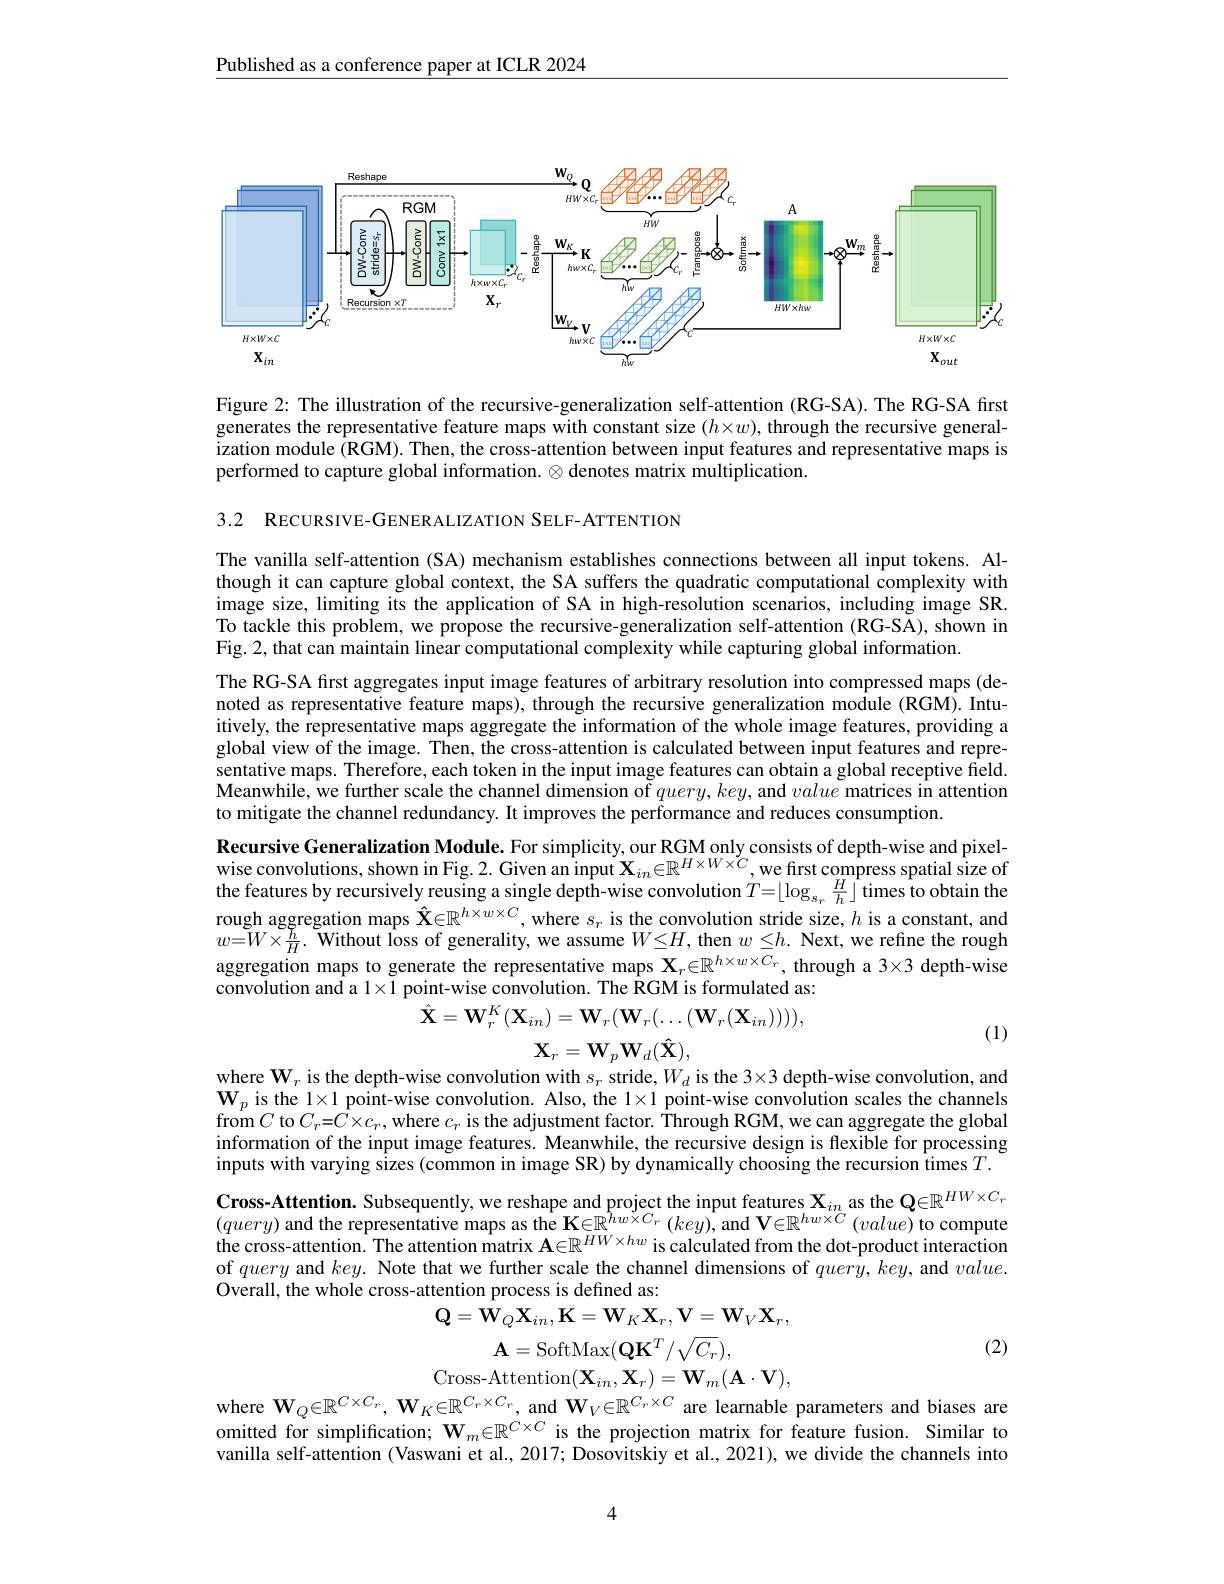
Published as a conference paper at ICLR 2024

<FigureHere>

Figure 2: The illustration of the recursive-generalization self-attention (RG-SA). The RG-SA first generates the representative feature maps with constant size $(h\times w)$, through the recursive generalization module (RGM). Then, the cross-attention between input features and representative maps is performed to capture global information. $\otimes\hat{\text{denotes matrix multiplication.}}$

3.2 RECURSIVE-GENERALIZATION SELF-ATTENTION

The vanilla self-attention (SA) mechanism establishes connections between all input tokens. Although it can capture global context, the SA suffers the quadratic computational complexity with image size, limiting its the application of SA in high-resolution scenarios, including image SR. To tackle this problem, we propose the recursive-generalization self-attention (RG-SA), shown in Fig. 2, that can maintain linear computational complexity while capturing global information.
The RG-SA first aggregates input image features of arbitrary resolution into compressed maps (denoted as representative feature maps), through the recursive generalization module (RGM). Intuitively, the representative maps aggregate the information of the whole image features, providing a global view of the image. Then, the cross-attention is calculated between input features and representative maps. Therefore, each token in the input image features can obtain a global receptive field. Meanwhile, we further scale the channel dimension of $query,key$, and value matrices in attention to mitigate the channel redundancy. It improves the performance and reduces consumption.
$\textbf{Recursive Generalization Module. For simplicity, our RGM only consists of depth- wise and pixelwise convolutions, shown in Fig. 2. Given an input X}_{in}\in \mathbb{R} ^{H\times W\times C}$,we first compress spatial size of the features by recursively reusing a single d $w{=}W{\times}\frac{h}{H}.$ Without loss of generality, we assume $W\leq H$, then $w\leq h.$ Next, we refine the rough aggregation maps to generate the representative maps $\mathbf{X}_r\in\mathbb{R}^{h\times w\times C_r}$, through a 3×3 depth-wise convolution and a $1\times1$ point-wise convolution. The RGM is formulated as:
$$\hat{\mathbf{X}}=\mathbf{W}_{r}^{K}(\mathbf{X}_{in})=\mathbf{W}_{r}(\mathbf{W}_{r}(\ldots(\mathbf{W}_{r}(\mathbf{X}_{in})))),$$
$$\mathbf{X}_{r}=\mathbf{W}_{p}\mathbf{W}_{d}(\mathbf{\hat{X}}),$$
(1)

where $\mathbf{W}_r$ is the depth-wise convolution with $s_r$ stride,$W_d$ is the 3×3 depth-wise convolution, and $\mathbf{W} _{p}$ is the 1$\times$1 point- wise convolution. Also, the 1$\times$1 point- wise convolution scales the channels from $C$ to $C_{r}= C\times c_{r}$, where $c_{r}$ is the adjustment factor. Through RGM, we can aggregate the global information of the input image features. Meanwhile, the recursive design is flexible for processing inputs with varying sizes (common in image SR) by dynamically choosing the recursion times $T.$ $\textbf{Cross- Attention. Subsequently, we reshape and project the input features X}_{in}$ as the $\mathbf{Q} \in \mathbb{R} ^{HW\times C_r}$ $( query)$ and the representative maps as the K$\in \mathbb{R} ^{hw\times C_r}\left ( key\right ) $,and $\mathbf{V} \in \mathbb{R} ^{hw\times C_r}\left ( value\right )$ to compute the cross- attention. The of query and $key. \textbf{Note that we further scale the channel dimensions of }quer\hat{y} , key$,and $value.$ Overall, the whole cross-attention process is defined as:
$\mathbf{Q}=\mathbf{W}_Q\mathbf{X}_{in},\mathbf{K}=\mathbf{W}_K\mathbf{X}_r,\mathbf{V}=\mathbf{W}_V\mathbf{X}_r$,

(2)

$\mathbf{A}=$SoftMax$(\mathbf{Q}\mathbf{K}^T/\sqrt{C_r})$,
Cross-Attention$(\mathbf{X}_{in},\mathbf{X}_{r})=\mathbf{W}_{m}(\mathbf{A}\cdot\mathbf{V})$,
where $\mathbf{W}_Q\in\mathbb{R}^{C\times C_r},\mathbf{W}_K\in\mathbb{R}^{C_r\times C_r}$, and $\mathbf{W}_V\in\mathbb{R}^{C_r\times C_r}$ are learnable parameters and biases are

omitted for simplification; $\mathbf{W}_m\in\mathbb{R}^{\dot{C}\times C}$ is the projection matrix for feature fusion. Similar to vanilla self-attention (Vaswani et al., 2017; Dosovitskiy et al., 2021), we divide the channels into

4